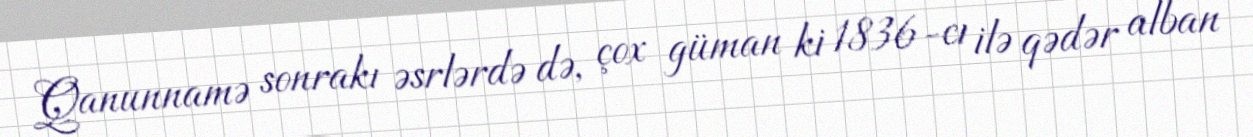
Qanunnamə sonrakı əsrlərdə də, çox güman ki 1836-cı ilə qədər alban